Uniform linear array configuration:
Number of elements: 12
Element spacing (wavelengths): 0.75
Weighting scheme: cosine
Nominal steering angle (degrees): -15
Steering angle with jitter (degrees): -15.907
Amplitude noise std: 0.05
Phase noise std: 0.05

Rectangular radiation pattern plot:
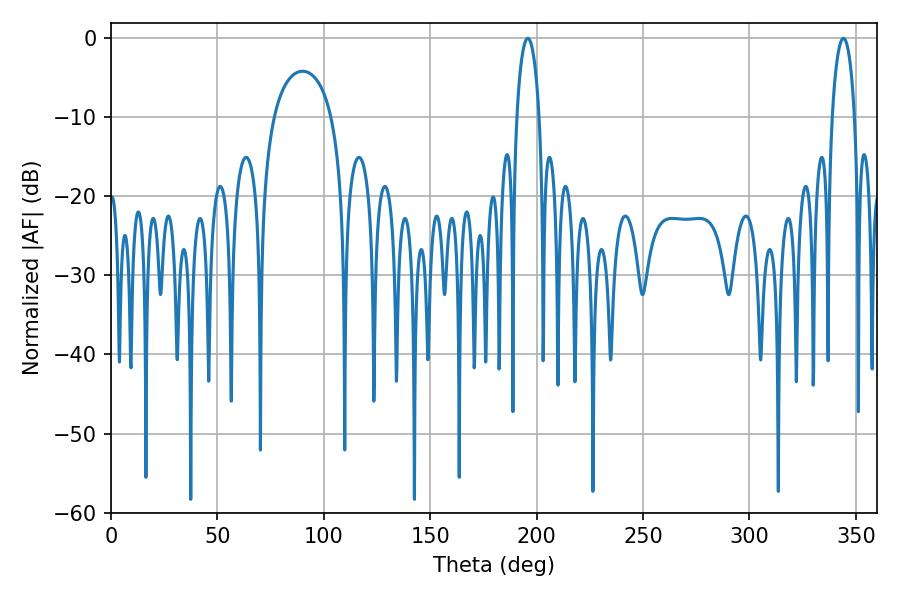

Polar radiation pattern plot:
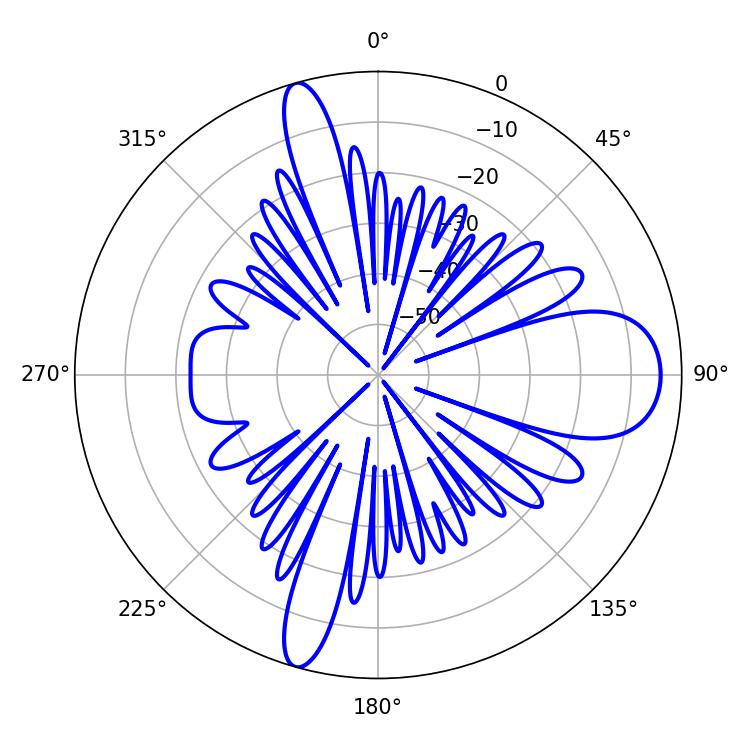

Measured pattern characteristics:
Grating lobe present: TRUE
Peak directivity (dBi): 14.156
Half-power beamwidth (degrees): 6.12
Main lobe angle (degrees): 195.84